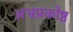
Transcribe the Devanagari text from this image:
अभ्रप्रकोष्ठ